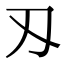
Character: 刄